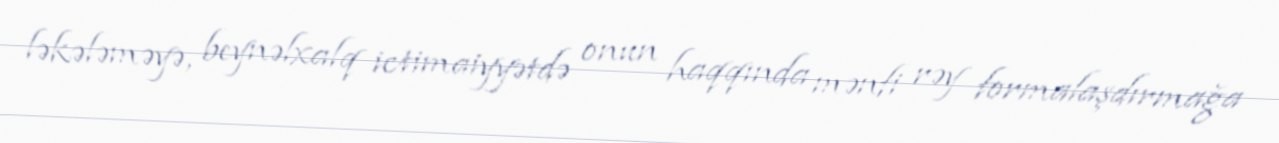
ləkələməyə, beynəlxalq ictimaiyyətdə onun haqqında mənfi rəy formalaşdırmağa